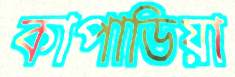
কাপাডিয়া